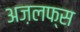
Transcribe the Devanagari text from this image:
अज़लफ्स